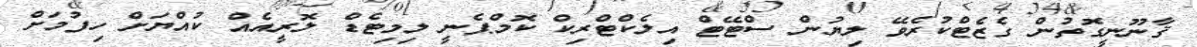
ޤާނޫނީގޮތުން ގެޒެޓްކުރެވޭ ލިޔުން ސްޓޭޓް އިލެކްޓްރިކް ކޮމްޕެނީ ލިމިޓެޑް ލޮރީއެއް ކުއްޔަށް ހިފުމަށް